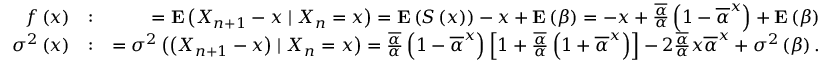
\begin{array} { r l r } { f \left( x \right) } & { : } & { = { \bf E } \left( X _ { n + 1 } - x \mid X _ { n } = x \right) = { \bf E } \left( S \left( x \right) \right) - x + { \bf E } \left( \beta \right) = - x + \frac { \overline { { \alpha } } } { \alpha } \left( 1 - \overline { { \alpha } } ^ { x } \right) + { \bf E } \left( \beta \right) } \\ { \sigma ^ { 2 } \left( x \right) } & { : } & { = \sigma ^ { 2 } \left( \left( X _ { n + 1 } - x \right) \mid X _ { n } = x \right) = \frac { \overline { { \alpha } } } { \alpha } \left( 1 - \overline { { \alpha } } ^ { x } \right) \left[ 1 + \frac { \overline { { \alpha } } } { \alpha } \left( 1 + \overline { { \alpha } } ^ { x } \right) \right] - 2 \frac { \overline { { \alpha } } } { \alpha } x \overline { { \alpha } } ^ { x } + \sigma ^ { 2 } \left( \beta \right) . } \end{array}